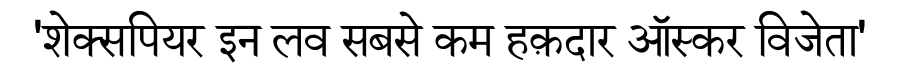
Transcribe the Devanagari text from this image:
'शेक्सपियर इन लव सबसे कम हक़दार ऑस्कर विजेता'